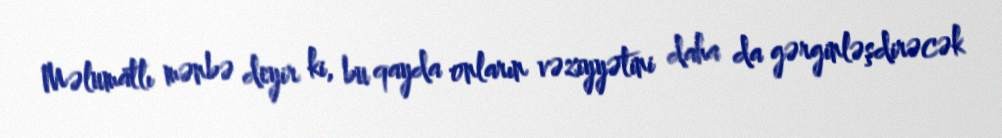
Məlumatlı mənbə deyir ki, bu qayda onların vəziyyətini daha da gərginləşdirəcək